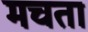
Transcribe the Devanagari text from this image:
मचता